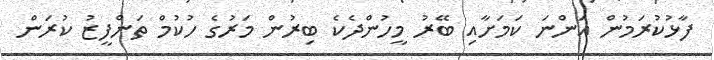
ފާޅުކުރަމުން އަންނަ ކަމަށާއި ބޭރު މީހުންދެކެ ބިރުން މަރުގެ ހުކުމް ތަންފީޒު ކުރަން